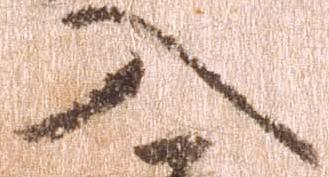
入